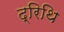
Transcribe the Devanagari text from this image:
द्रिथि